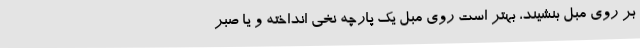
بر روی مبل بنشیند، بهتر است روی مبل یک پارچه نخی انداخته و یا صبر